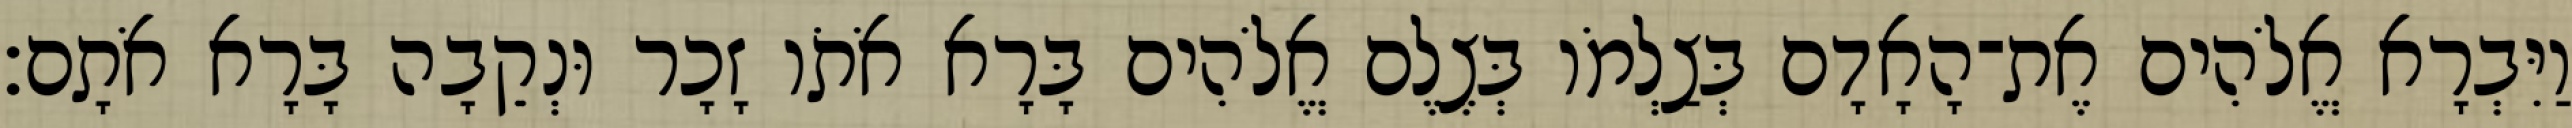
וַיִּבְרָא אֱלֹהִים אֶת־הָאָדָם בְּצַלְמֹו בְּצֶלֶם אֱלֹהִים בָּרָא אֹתֹו זָכָר וּנְקֵבָה בָּרָא אֹתָם׃